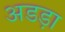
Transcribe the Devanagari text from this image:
अडड़ा